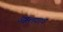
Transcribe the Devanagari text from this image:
उक्कलगाव